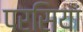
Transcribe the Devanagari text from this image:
परसियां